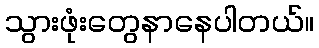
သွားဖုံးတွေနာနေပါတယ်။